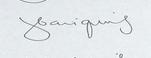
Signature authenticity: genuine